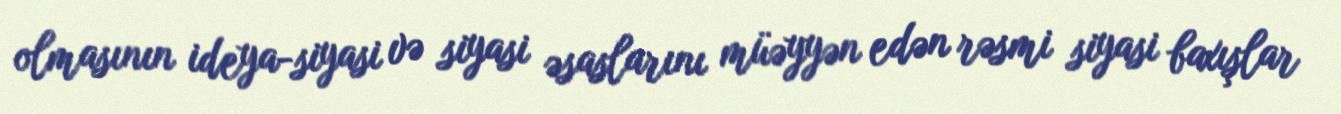
olmasının ideya-siyasi və siyasi əsaslarını müəyyən edən rəsmi siyasi baxışlar